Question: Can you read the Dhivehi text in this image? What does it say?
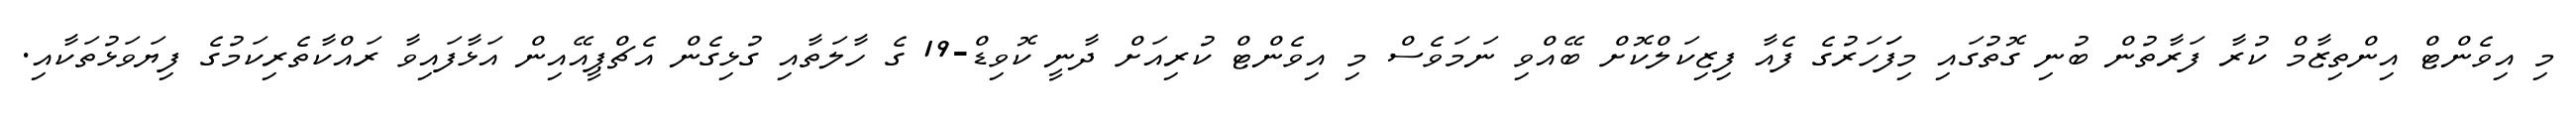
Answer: މި އިވެންޓް އިންތިޒާމް ކުރާ ފަރާތުން ބުނި ގޮތުގައި މިފަަހަރުގެ ފެއާ ފިޒިކަލްކޮށް ބޭއްވި ނަމަވެސް މި އިވެންޓް ކުރިއަށް ދާނީ ކޮވިޑް-19 ގެ ހާލަތާއި ގުޅިގެން އެޗްޕީއޭއިން އަޅާފައިވާ ރައްކާތެރިކަމުގެ ފިޔަވަޅުތަކާއި.